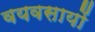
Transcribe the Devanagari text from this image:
वयवसायों